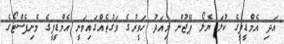
އަދި އެމްޑީޕީގެ ކުލަ ޔެލޯ ޕޭޖުން މިއަދު ހަވީރުގެ ވަގުތެއްގައިވަނީ އެމްޑީޕީގެ މެނިފެސްޓޯގެ